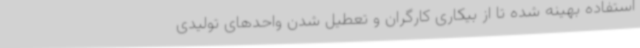
استفاده بهینه شده تا از بیکاری کارگران و تعطیل شدن واحدهای تولیدی